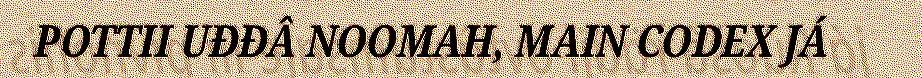
POTTII UĐĐÂ NOOMAH, MAIN CODEX JÁ